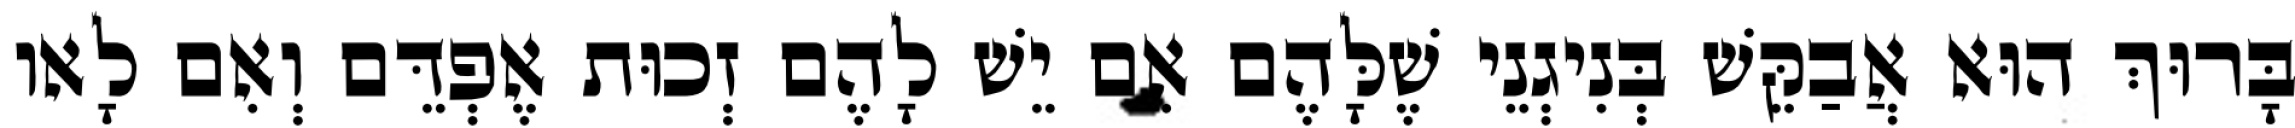
בָּרוּךְ הוּא אֲבַקֵּשׁ בְּנִיגְנֵי שֶׁלָּהֶם אִם יֵשׁ לָהֶם זְכוּת אֶפְדֵּם וְאִם לָאו